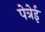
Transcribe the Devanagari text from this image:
पेत्रेई